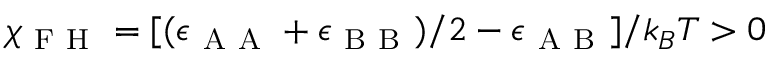
\chi _ { \mathrm { ~ F ~ H ~ } } = [ ( \epsilon _ { \mathrm { ~ A ~ A ~ } } + \epsilon _ { \mathrm { ~ B ~ B ~ } } ) / 2 - \epsilon _ { \mathrm { ~ A ~ B ~ } } ] / k _ { B } T > 0